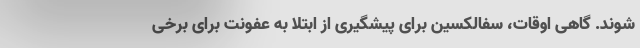
شوند. گاهی اوقات، سفالکسین برای پیشگیری از ابتلا به عفونت برای برخی